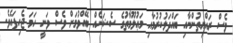
ވެސް ރައްޔިތުންނާއި ބައްދަލުކުރުމާއި މަޢުލޫމާތުގެ ސެޝަނެއް ބޭއްވުމަށް ވެސް ވަނީ ހަމަ ޖެހިފައެވެ.